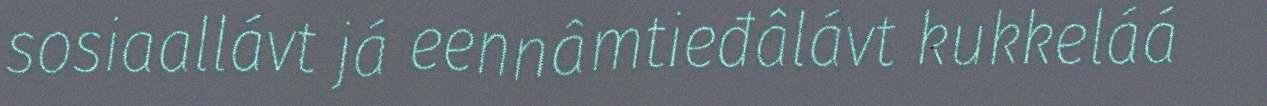
sosiaallávt já eennâmtieđâlávt kukkeláá